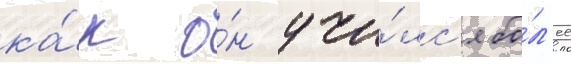
ка́к о́н учи́лс'я бо́л'ее